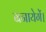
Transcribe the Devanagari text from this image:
बनायेगें।